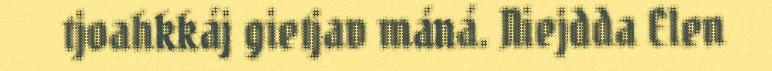
tjoahkkáj gietjav máná. Niejdda Elen